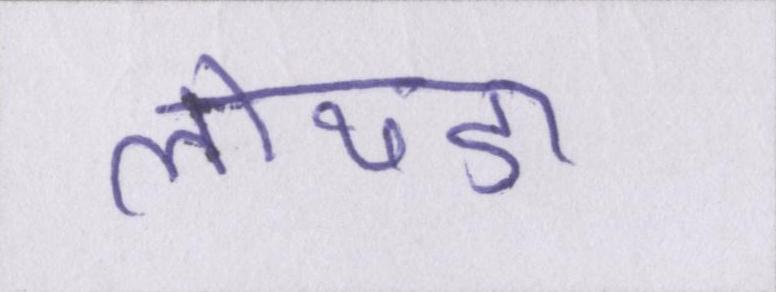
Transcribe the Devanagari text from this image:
लोथडा